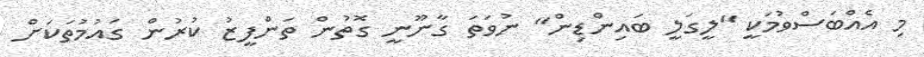
މި އެއްބަސްވުމަކީ "ލީގަލީ ބައިންޑިން" ނުވަތަ ގާނޫނީ ގޮތުން ތަންފީޒު ކުރުން ގައުމުތަކަށް